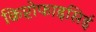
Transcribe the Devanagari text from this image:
क्रिप्टोफाइसिई